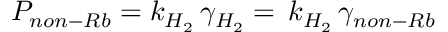
P _ { n o n - R b } = k _ { H _ { 2 } } \, \gamma _ { H _ { 2 } } = \, k _ { H _ { 2 } } \, \gamma _ { n o n - R b }